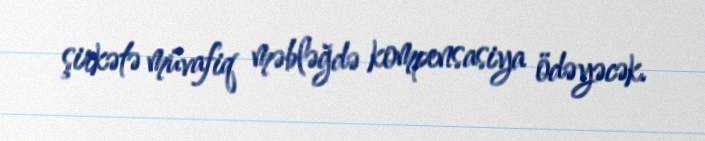
şirkətə müvafiq məbləğdə kompensasiya ödəyəcək.